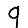
Digit: 9